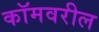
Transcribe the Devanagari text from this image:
कॉमवरील